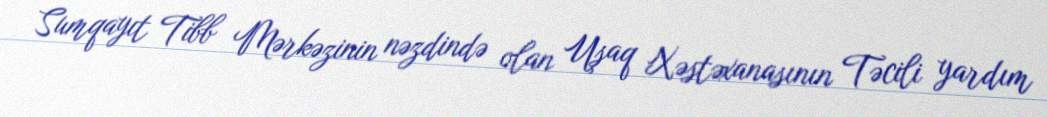
Sumqayıt Tibb Mərkəzinin nəzdində olan Uşaq Xəstəxanasının Təcili yardım